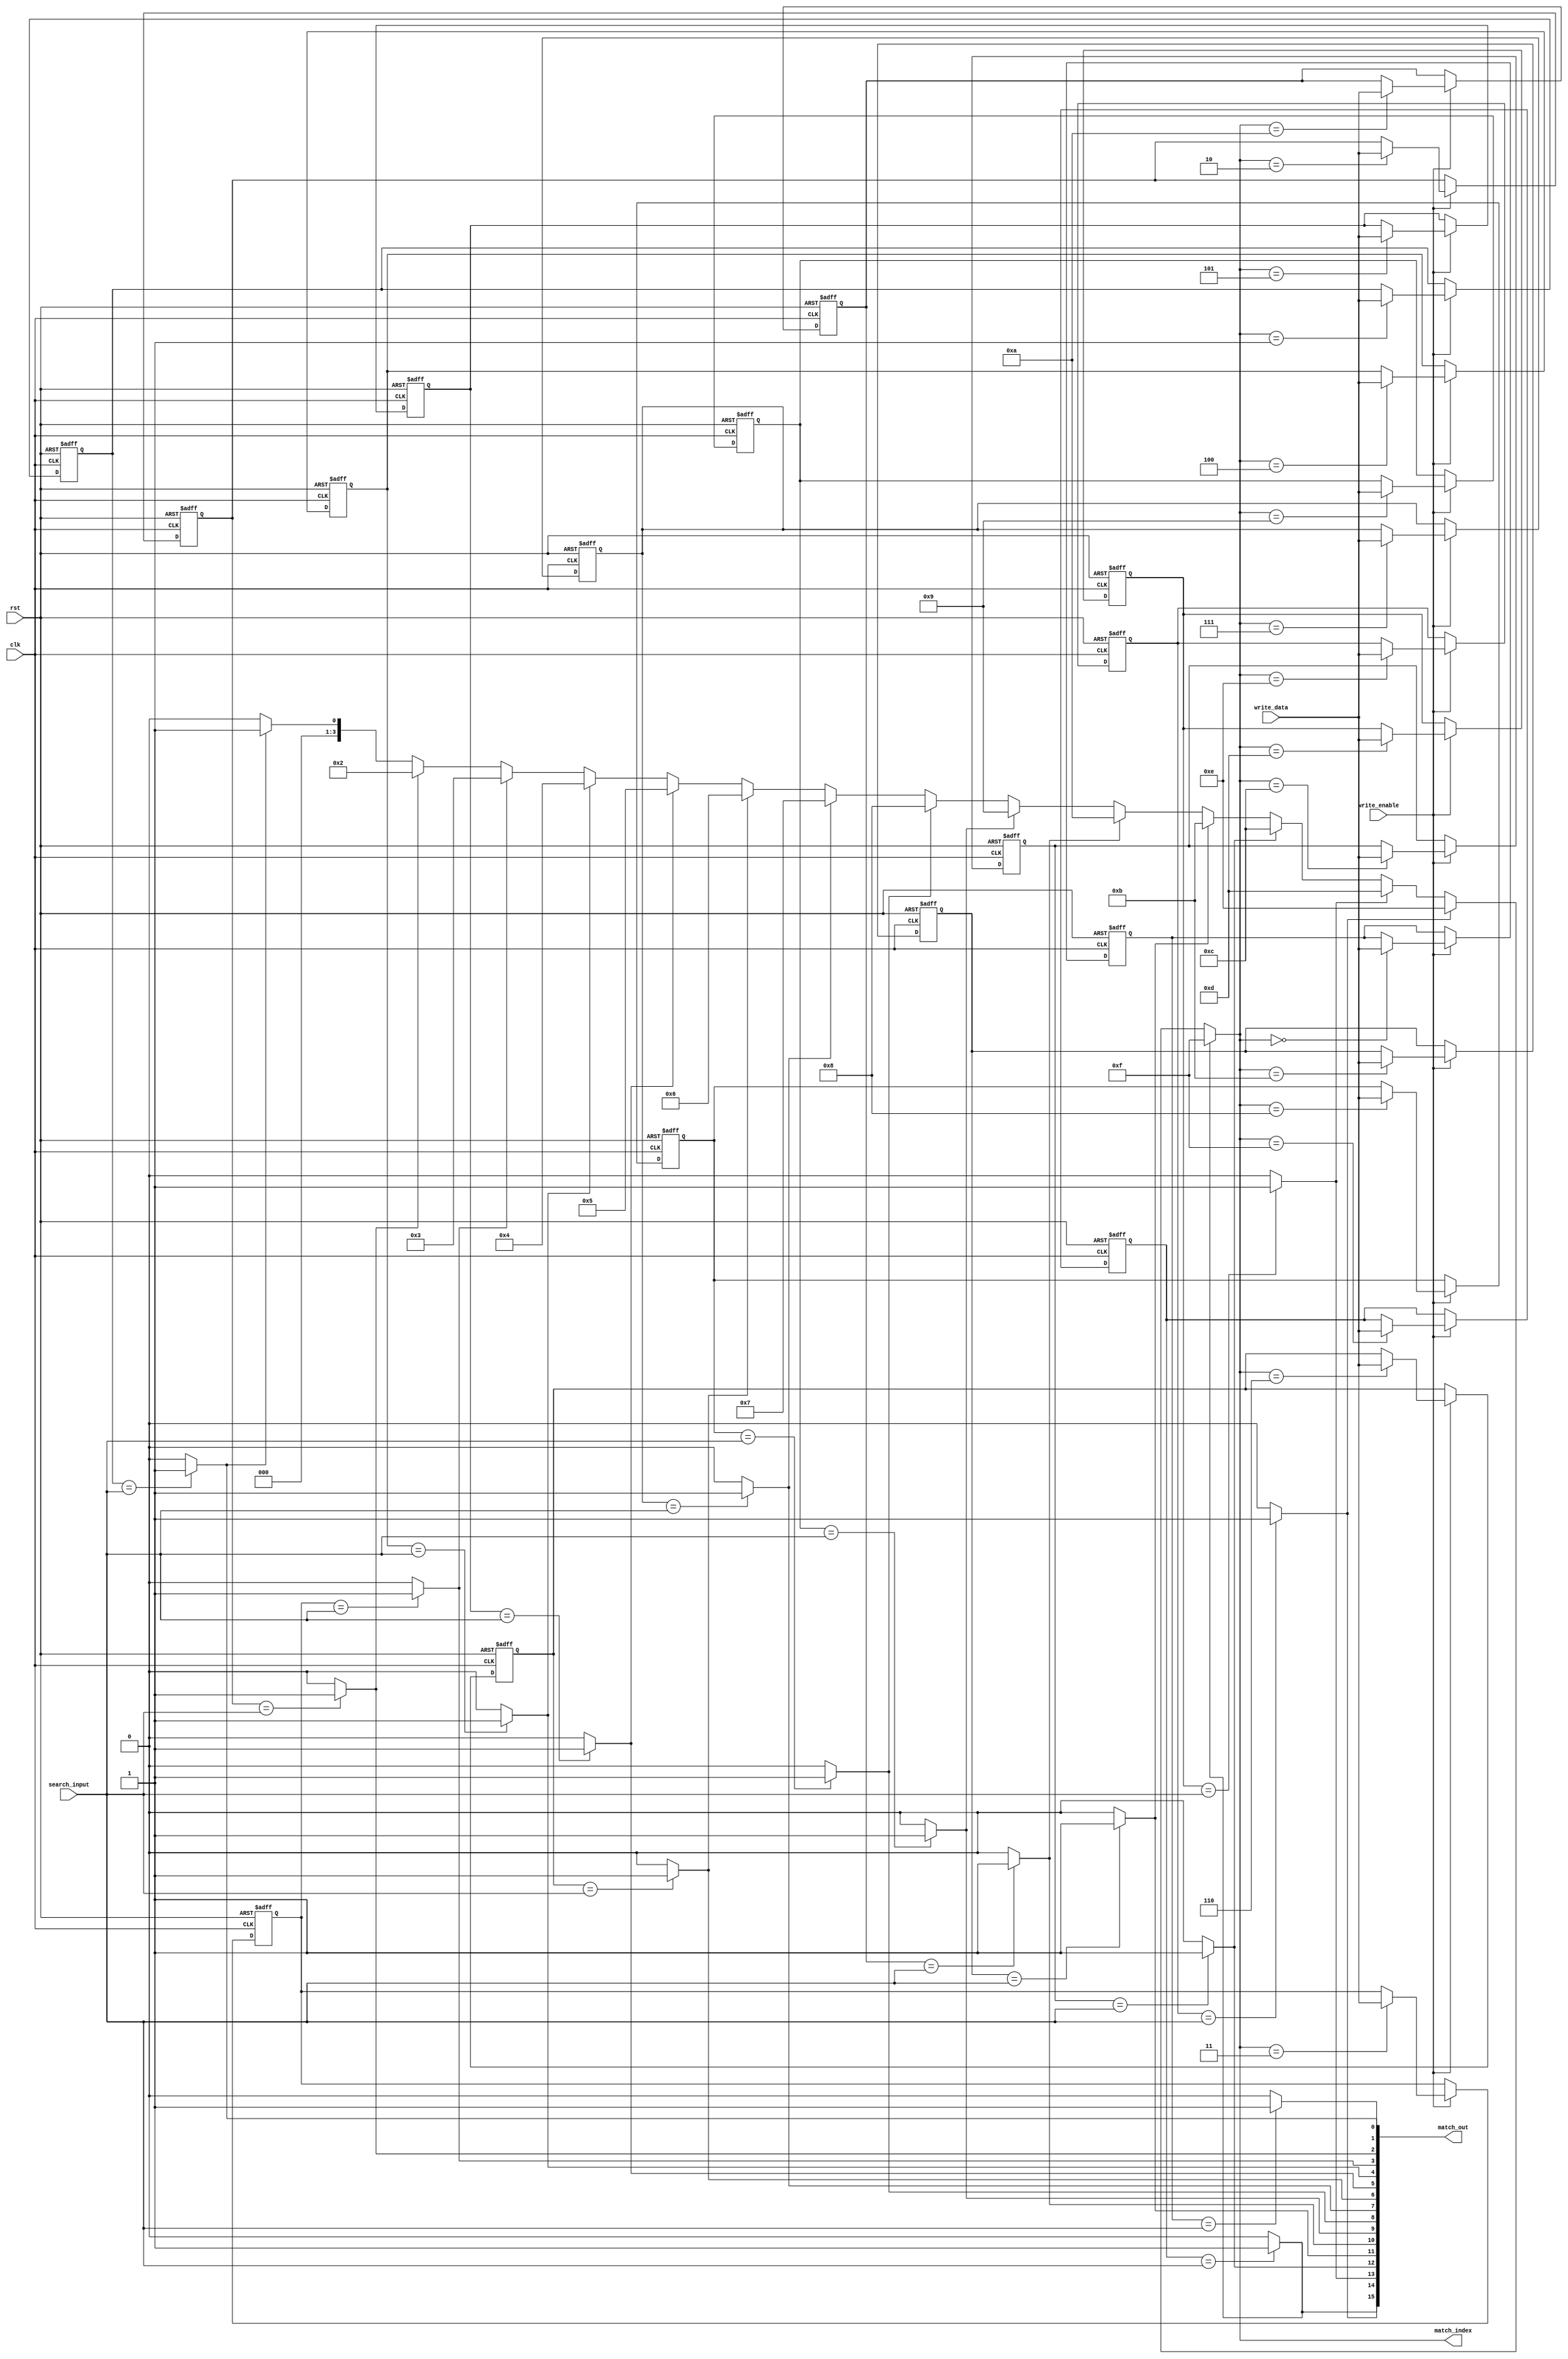
module CamColumn #(parameter ENTRY_WIDTH = 32, parameter NUM_ENTRIES = 16)(
    input wire clk,
    input wire rst,
    input wire [ENTRY_WIDTH-1:0] search_input,
    input wire write_enable,
    input wire [ENTRY_WIDTH-1:0] write_data,
    output reg [NUM_ENTRIES-1:0] match_out,
    output reg [$clog2(NUM_ENTRIES)-1:0] match_index
);

// Memory array to hold the entries
reg [ENTRY_WIDTH-1:0] cam_array [0:NUM_ENTRIES-1];

// Match logic to compare search_input with each entry
integer i;
always @* begin
    match_out = 0; // Reset match output
    for (i = 0; i < NUM_ENTRIES; i = i + 1) begin
        if (cam_array[i] == search_input) begin
            match_out[i] = 1'b1; // Set match for this entry
        end
    end
end

// Priority encoder to determine the highest priority match index
always @* begin
    match_index = 0;
    for (i = 0; i < NUM_ENTRIES; i = i + 1) begin
        if (match_out[i]) begin
            match_index = i; // Update index to the latest match
        end
    end
end

// Memory write operation
always @(posedge clk or posedge rst) begin
    if (rst) begin
        // Initialize CAM entries to zero on reset
        for (i = 0; i < NUM_ENTRIES; i = i + 1) begin
            cam_array[i] <= 0;
        end
    end else if (write_enable) begin
        // Writing to CAM - simplistic behavior, can be modified for specific entry
        cam_array[match_index] <= write_data; 
    end
end

endmodule